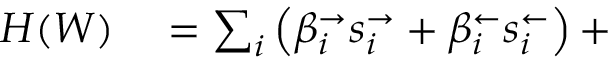
\begin{array} { r l } { H ( W ) } & { { } = \sum _ { i } \left( \beta _ { i } ^ { \rightarrow } s _ { i } ^ { \rightarrow } + \beta _ { i } ^ { \leftarrow } s _ { i } ^ { \leftarrow } \right) + } \end{array}